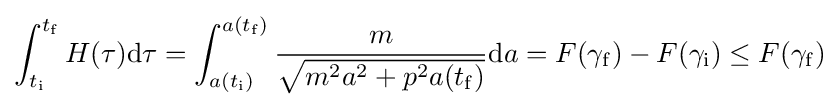
\int _{t_{\rm {i}}}^{t_{\rm {f}}}H(\tau )\mathrm {d} \tau =\int _{a(t_{\rm {i}})}^{a(t_{\rm {f}})}{\frac {m}{\sqrt {m^{2}a^{2}+p^{2}a(t_{\rm {f}})}}}\mathrm {d} a=F(\gamma _{\rm {f}})-F(\gamma _{\rm {i}})\leq F(\gamma _{\rm {f}})